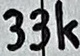
Text: 33k